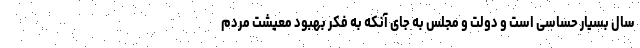
سال بسیار حساسی است و دولت و مجلس به جای آنکه به فکر بهبود معیشت مردم